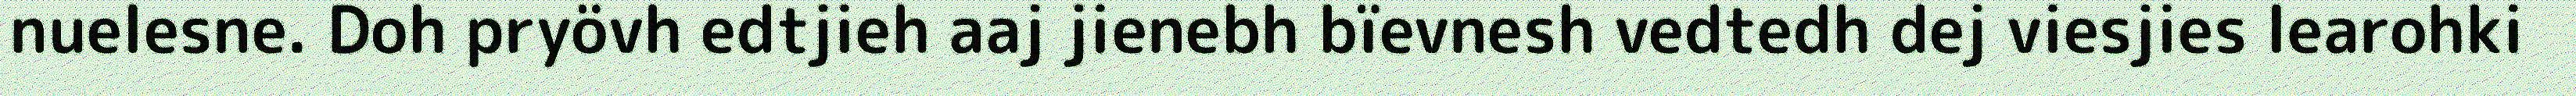
nuelesne. Doh pryövh edtjieh aaj jienebh bïevnesh vedtedh dej viesjies learohki